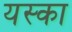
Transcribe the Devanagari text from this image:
यस्का